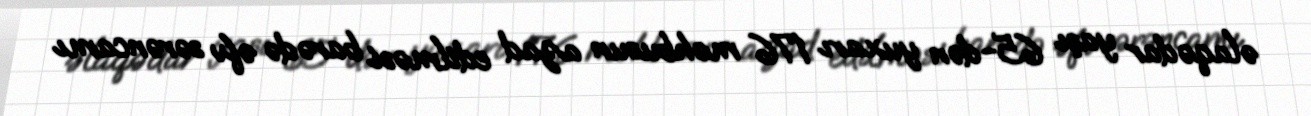
əlaqədar yaşı 65-dən yuxarı 176 məhbusun azad edilməsi barədə əfv sərəncamı